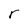
Character: r